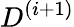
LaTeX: D^{(i+1)}